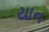
યાન